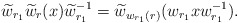
\begin{align*} \widetilde w_{r_1}\widetilde w_r(x)\widetilde w_{r_1}^{-1}=\widetilde w_{w_{r_1}(r)}(w_{r_1}xw_{r_1}^{-1}).\end{align*}